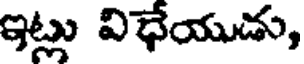
ఇట్లు విధేయుడు,